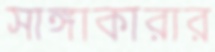
সাঙ্গাকারার